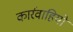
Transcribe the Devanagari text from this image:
कार्रवाहियों